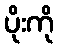
ပိုးကို